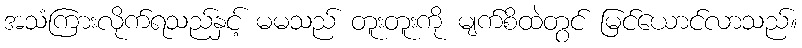
အသံကြားလိုက်ရသည်နှင့် မမသည် တူးတူးကို မျက်စိထဲတွင် မြင်ယောင်လာသည်။